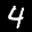
Label: 4